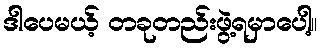
ဒါပေမယ့် တခုတည်းဖွဲ့ရမှာပေါ့။